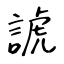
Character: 諕